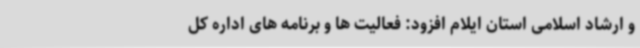
و ارشاد اسلامی استان ایلام افزود: فعالیت ها و برنامه های اداره کل